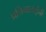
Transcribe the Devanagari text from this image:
प्रतिभाताईंनी